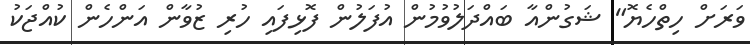
ވަރަށް ހިތްހެޔޮ" ޝަގުންއާ ބައްދަލުވުމުން އުފަލުން ފޮޅިފައި ހުރި ޒުވާން އަންހެން ކުއްޖަކު